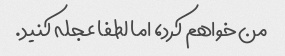
من خواهم کرد، اما لطفا عجله کنید.